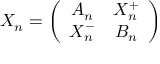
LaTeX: X _ { n } = \left( \begin{array} { c c } { { A _ { n } } } & { { X _ { n } ^ { + } } } \\ { { X _ { n } ^ { - } } } & { { B _ { n } } } \end{array} \right)